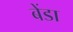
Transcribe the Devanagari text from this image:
बेंडा